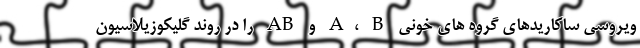
ویروسی ساکاریدهای گروه های خونی A، B و AB را در روند گلیکوزیلاسیون